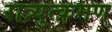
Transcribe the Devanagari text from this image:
रात्र्युत्क्रमण